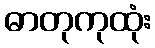
ဓာတုကုထုံး